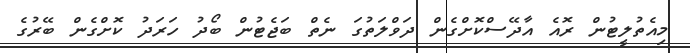
މިއެތުލީޓުން ރޮއެ އާދޭސްކޮށްގެން ދަވްލަތުގަ ނެތް ބަޖެޓުން ބޯދު ހަރަދު ކޮށްގެން ބޭރުގެ